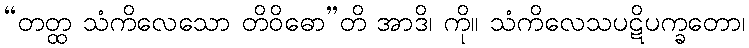
“တတ္ထ သံကိလေသော တိဝိဓော”တိ အာဒိ၊ ကို။ သံကိလေသပဋိပက္ခတော၊